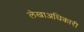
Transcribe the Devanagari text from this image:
लेखाअधिकारी